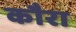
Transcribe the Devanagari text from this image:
कौरा